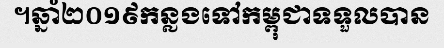
។ឆ្នាំ២០១៩កន្លងទៅកម្ពុជាទទួលបាន